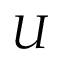
U